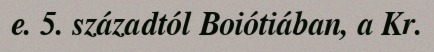
e. 5. századtól Boiótiában, a Kr.